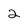
Character: 2